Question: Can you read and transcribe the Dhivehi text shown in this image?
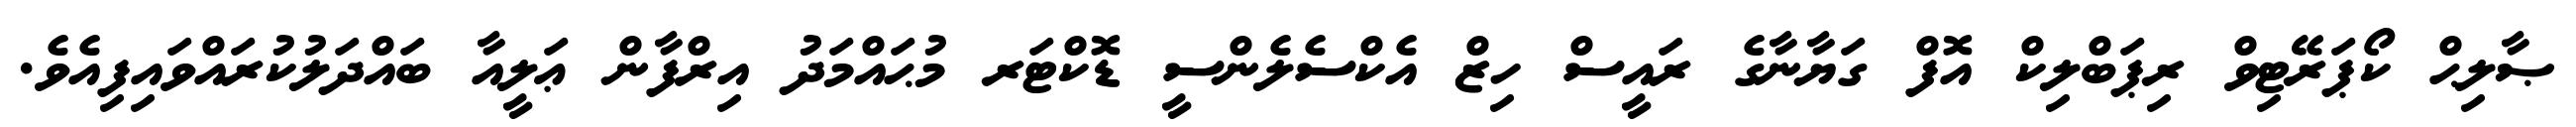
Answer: ޞާލިޙް ކޯޕަރޭޓިވް ރިޕަބްލިކް އޮފް ގަޔާނާގެ ރައީސް ހިޒް އެކްސެލެންސީ ޑޮކްޓަރ މުޙައްމަދު އިރްފާން ޢަލީއާ ބައްދަލުކުރައްވައިފިއެވެ.